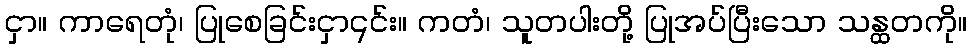
ငှာ။ ကာရေတုံ၊ ပြုစေခြင်းငှာ၎င်း။ ကတံ၊ သူတပါးတို့ ပြုအပ်ပြီးသော သန္ထတကို။